Treatise on elephants
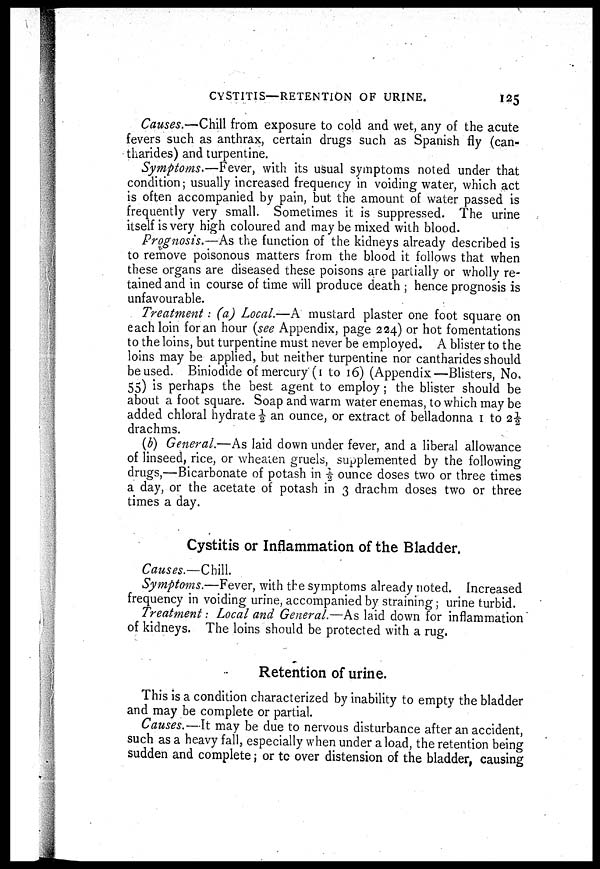
CYSTITIS—RETENTION OF URINE.
125
Causes.—Chill from exposure to cold and wet, any of the acute
fevers such as anthrax, certain drugs such as Spanish fly (can-
tharides) and turpentine.
Symptoms.—Fever, with its usual symptoms noted under that
condition; usually increased frequency in voiding water, which act
is often accompanied by pain, but the amount of water passed is
frequently very small. Sometimes it is suppressed. The urine
itself is very high coloured and may be mixed with blood.
Prognosis.—As the function of the kidneys already described is
to remove poisonous matters from the blood it follows that when
these organs are diseased these poisons are partially or wholly re-
tained and in course of time will produce death ; hence prognosis is
unfavourable.
Treatment: (a) Local.—A mustard plaster one foot square on
each loin for an hour (see Appendix, page 224) or hot fomentations
to the loins, but turpentine must never be employed. A blister to the
loins may be applied, but neither turpentine nor cantharides should
be used. Biniodide of mercury (1 to 16) (Appendix—Blisters, No.
55) is perhaps the best agent to employ ; the blister should be
about a foot square. Soap and warm water enemas, to which may be
added chloral hydrate ½ an ounce, or extract of belladonna 1 to 2½
drachms.
(b) General.—As laid down under fever, and a liberal allowance
of linseed, rice, or wheaten gruels, supplemented by the following
drugs,—Bicarbonate of potash in ½ ounce doses two or three times
a day, or the acetate of potash in 3 drachm doses two or three
times a day.
Cystitis or Inflammation of the Bladder.
Causes.—Chill.
Symptoms.—Fever, with the symptoms already rioted. Increased
frequency in voiding urine, accompanied by straining; urine turbid.
Treatment: Local and General.—As laid down for inflammation
of kidneys. The loins should be protected with a rug.
Retention of urine.
This is a condition characterized by inability to empty the bladder
and may be complete or partial.
Causes.—It may be due to nervous disturbance after an accident,
such as a heavy fall, especially when under a load, the retention being
sudden and complete; or to over distension of the bladder, causing